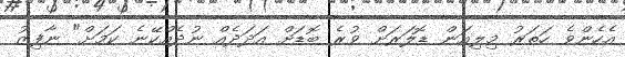
އެހެންވެ ހަތަރު މިލިއަން ޑޮލަރަށް ވުރެ ބޮޑަށް އަދަދެއް ނުދެއްކޭނެ ކަމަށް" ނާފިޒު